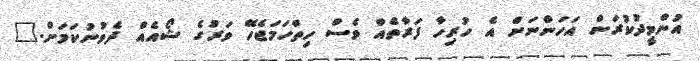
އުންމީދުކުރަން އަހަންނަށް އެ ހުރިހާ ފަރާތެއް ވެސް ހިތްހަމަޖެހޭ ވަރުގެ ޝޯއެއް ދެވުނުކަމަށް."